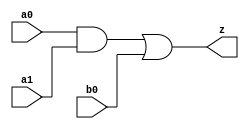
//#############################################################################
//# Function: And-Or (ao21) Gate                                              #
//# Copyright: OH Project Authors. ALl rights Reserved.                       #
//# License:  MIT (see LICENSE file in OH repository)                         #
//#############################################################################

module asic_ao21 #(parameter PROP = "DEFAULT")  (
   input  a0,
   input  a1,
   input  b0,
   output z
   );

   assign z = (a0 & a1) | b0;

endmodule